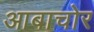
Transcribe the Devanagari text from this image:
आबाचोर